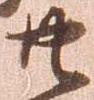
共